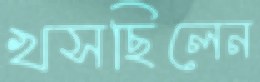
খসছিলেন